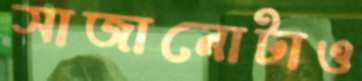
সাজানোটাও